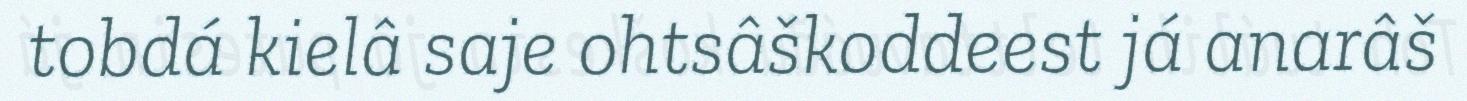
tobdá kielâ saje ohtsâškoddeest já anarâš